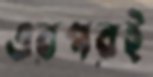
এরপরই